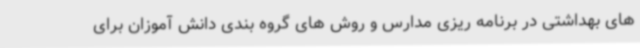
های بهداشتی در برنامه ریزی مدارس و روش های گروه بندی دانش آموزان برای